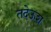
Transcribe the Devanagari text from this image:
तदेऊश